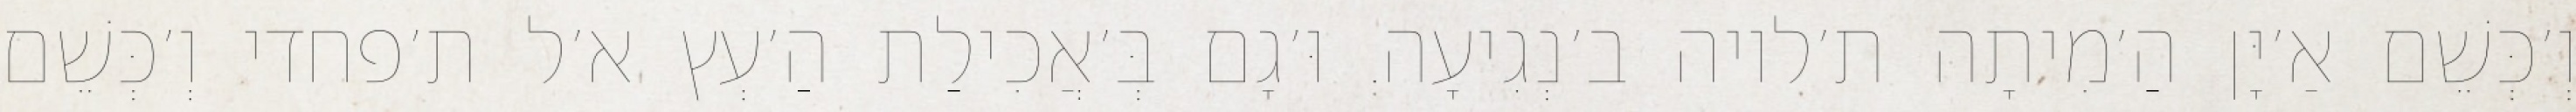
וְ׳כְּשֵׁם אַ׳יָּן הַ׳מִיתָה ת׳לויה ב׳נְגִיעָה. וּ׳גָם בְּ׳אֲכִילַת הַ׳עְץ א׳ל ת׳פחדי וְ׳כְּשֵׁם